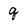
Character: q